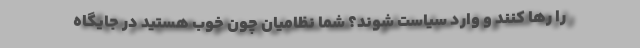
را رها کنند و وارد سیاست شوند؟ شما نظامیان چون خوب هستید در جایگاه